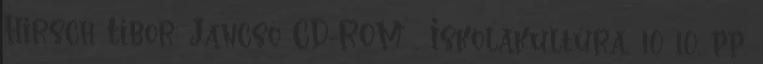
Hirsch Tibor: Jancsó CD-ROM . Iskolakultúra, 10 10. pp.